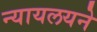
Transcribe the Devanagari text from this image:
न्यायलयने